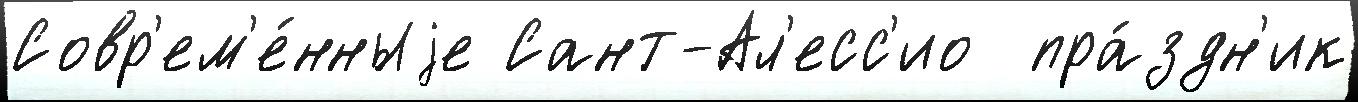
Совр'ем'е́нныjе Сант-Ал'есс'ио  пра́здн'ик